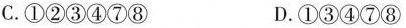
C.①②③④⑦⑧ D.①③④⑦⑧